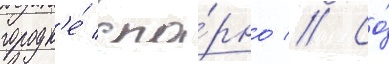
городк'е́ спо́рно // Со́